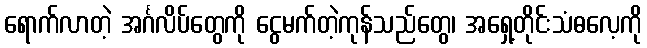
ရောက်လာတဲ့ အင်္ဂလိပ်တွေကို ငွေမက်တဲ့ကုန်သည်တွေ၊ အရှေ့တိုင်းသံဓလေ့ကို